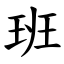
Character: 班